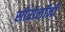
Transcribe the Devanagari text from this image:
सीरोलॉजी